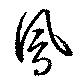
鳳